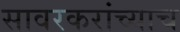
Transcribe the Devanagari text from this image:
सावरकरांच्याच